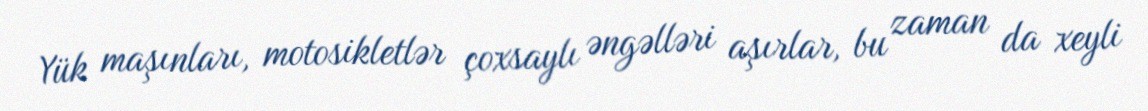
Yük maşınları, motosikletlər çoxsaylı əngəlləri aşırlar, bu zaman da xeyli